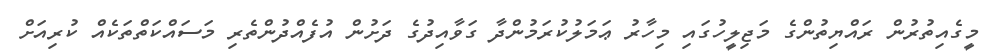
މީގެއިތުރުން ރައްޔިތުންގެ މަޖިލީހުގައި މިހާރު ޢަމަލުކުރަމުންދާ ގަވާއިދުގެ ދަށުން އުފެއްދުންތެރި މަސައްކަތްތަކެއް ކުރިއަށް